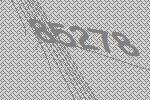
85278